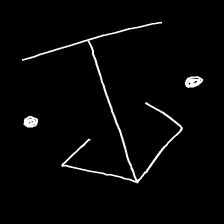
Glyph: earth